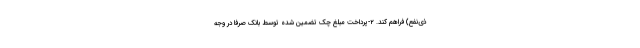
ذی‌نفع) فراهم کند. ۲-پرداخت مبلغ چک تضمین شده توسط بانک صرفاً در وجه